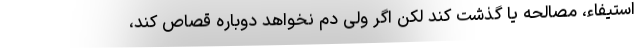
استیفاء، مصالحه یا گذشت کند لکن اگر ولی دم نخواهد دوباره قصاص کند،